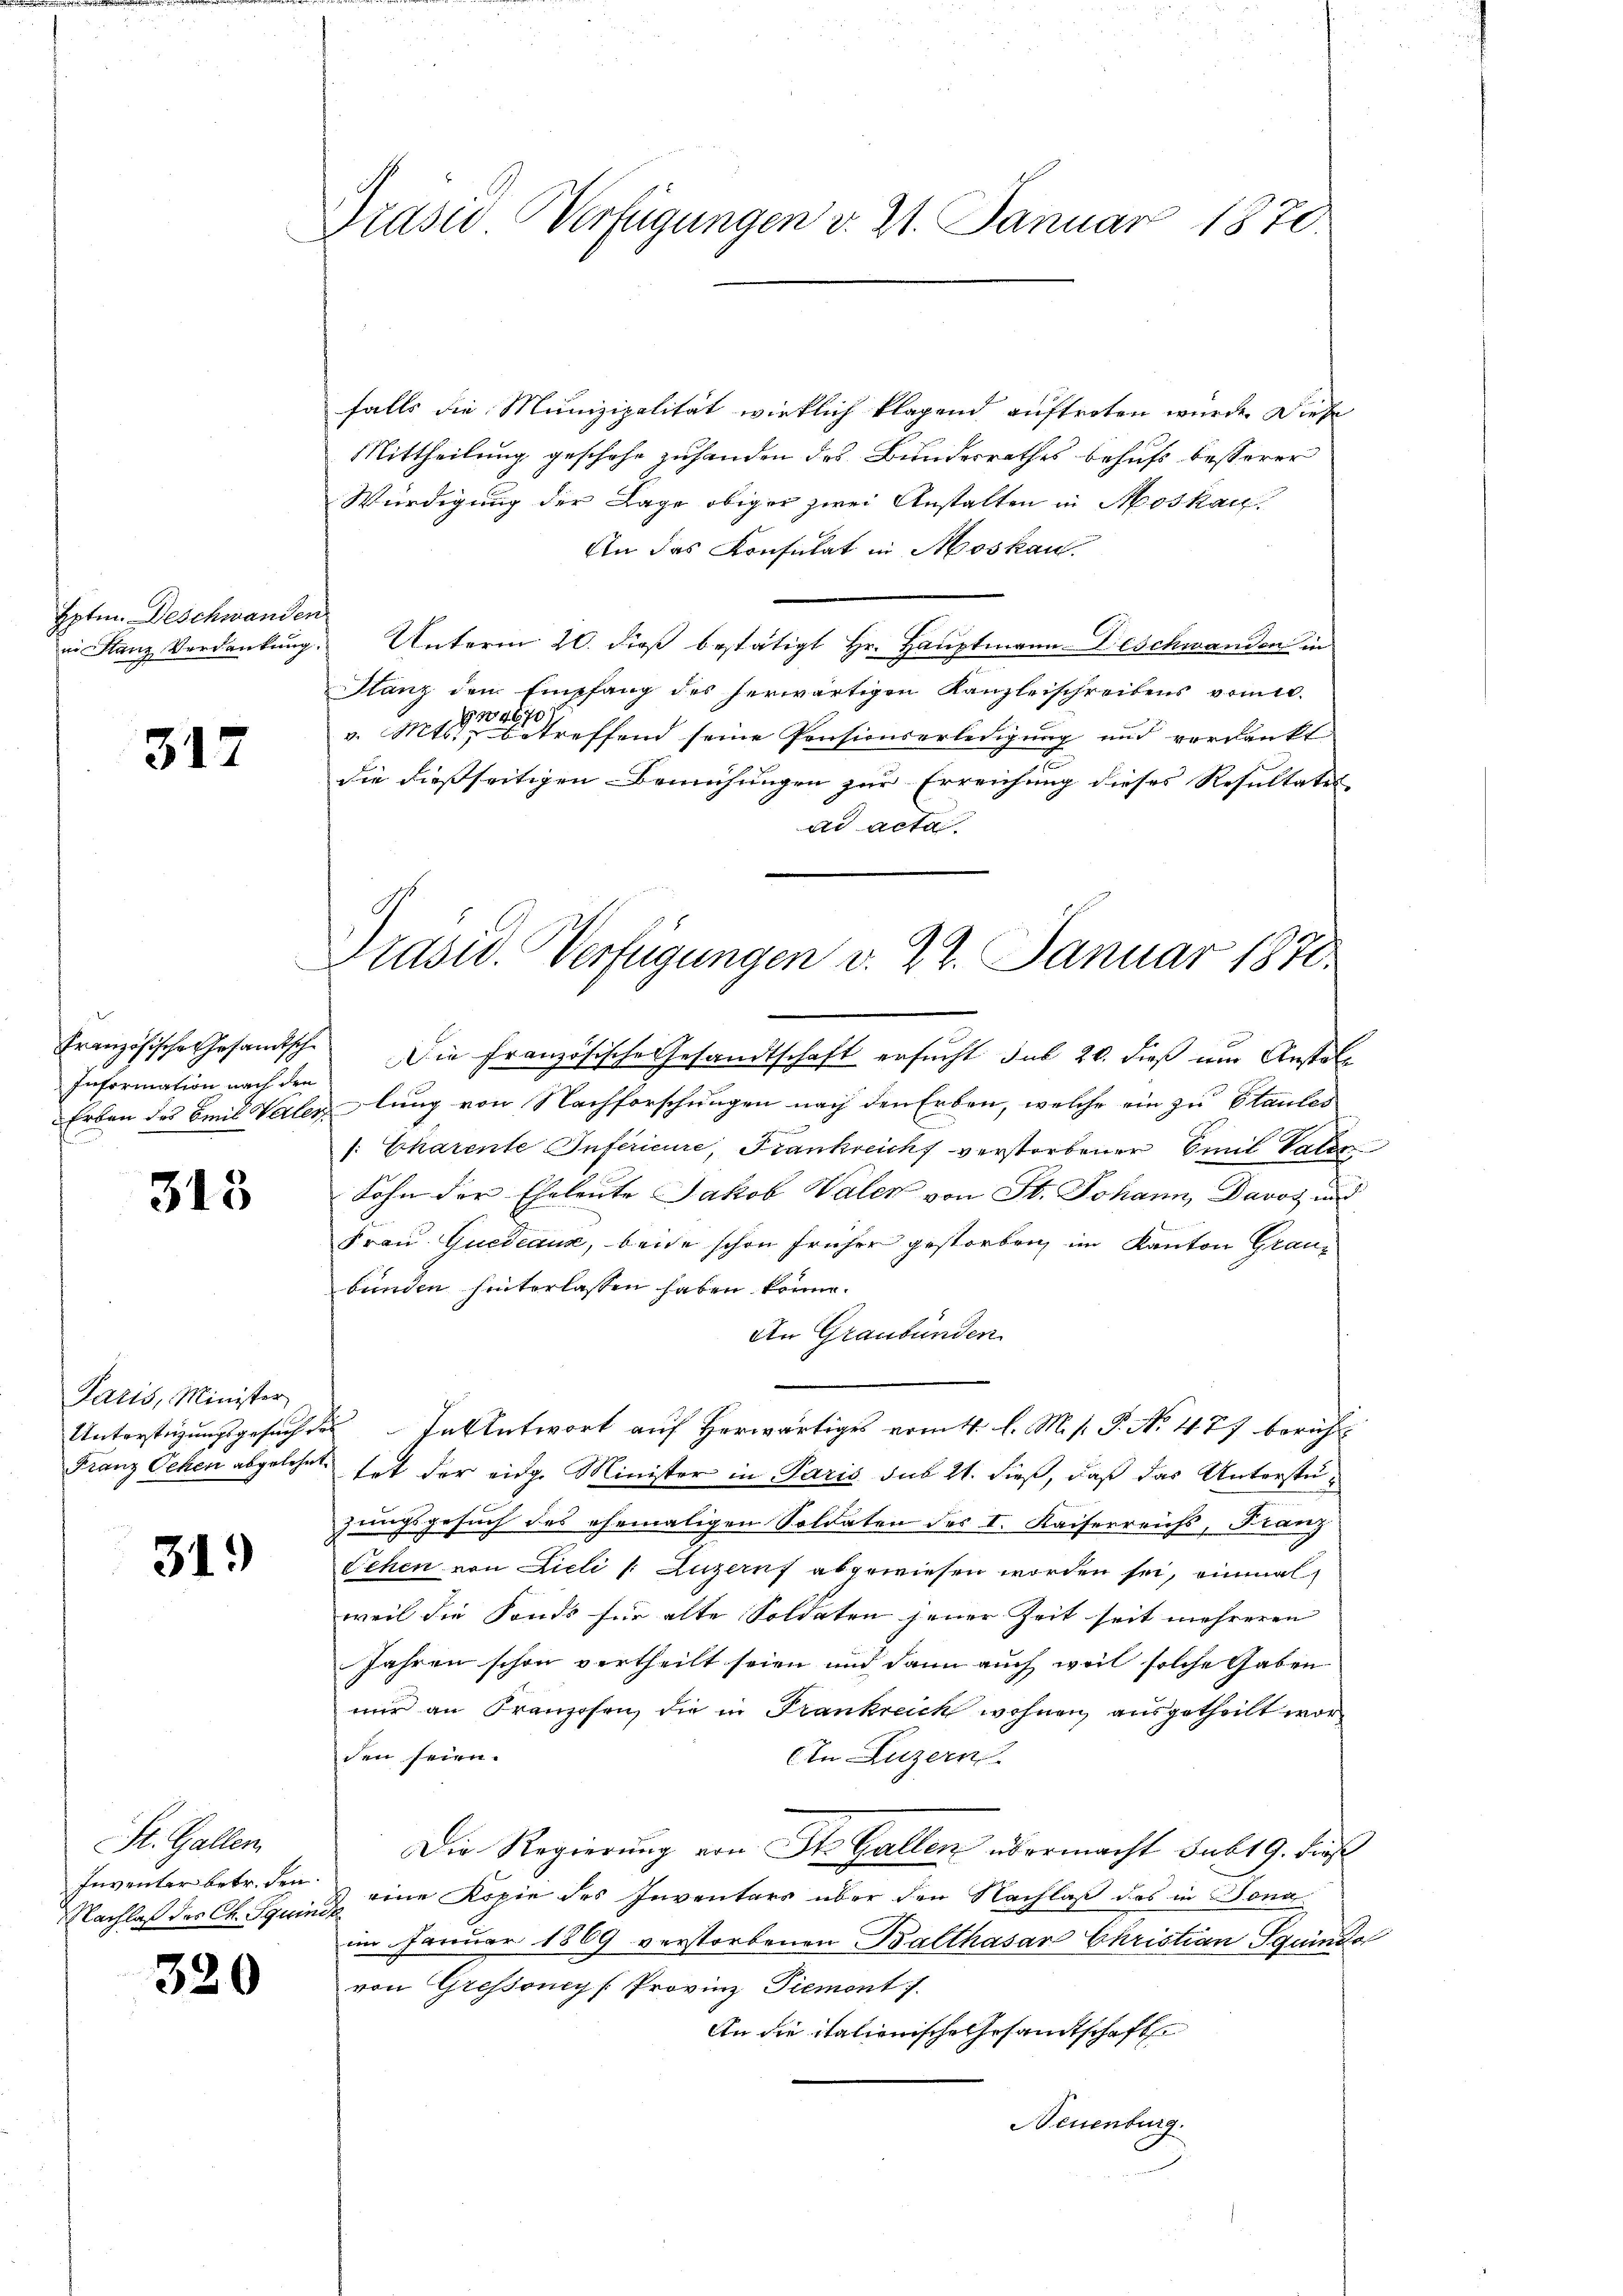
Eptin. Deschwanden

317

Information nach den
n

313

Paris, Minister,

31.)

St. Gallen
Inventer betr. den.
NNachlaß der Ch. Squinde

320

Präsid Verfügungen v. 21. Januar 1870.

falls die Munizipalität wirklich klagend auftreten wurde. Diese
Mittheilung geschohe zuhanden des Bundesrathes behufs besserer
Würdigung der Lage obiger zwei Anstalten in Moskau
An das Konsulat in Moskau
in Stanz Verdankŭng. Unterm 20. dieβ bestätigt Hr. Hauptmann-Feschwanden in
Hanz den Empfang des herwärtigen Kanzleischreibens vom 10.
N4870
v. Mts., betreffend seine Pensionserledigung und verdankt
die dießseitigen Bemühungen zur Erreichung dieses Resultates |
ad acta
Französische Gesandtsche Die Französische Gesandtschaft ersucht sub 20. dieß um Anstal¬
Erben des Emil Vaterlung von Nachforschungen nach den Erben, welche ein zu Stautes
f: Eharente Inferieure, Frankreich verstorbener Emil Vater
Sohn der Eheleute Jakob Valen von St. Johann, Davos und
Frau Quedeaus, beide schon früher gestorben im Kanton Graubunden hinterlassen haben könne.
An Graubünden
Unterstüzungsgesuch des In Antwort auf Herwärtiges vom 4. l. M. s. P. N. 477 beruht
Franz Sehen abgelehnt hat der eidg. Minister in Paris sub 21. dieß, daß das Unterstüzungsgesuch des ehemaligen Soldaten des I. Kaiserreichs, Franz
Sehen von Lieli /: Luzernf abgewiesen worden sei, einmal
weil die Fonds für alte Soldaten jener Zeit seit mehreren
Jahren schon vertheilt seien und dann auch weil solche Gaben
nur an Franzosen, die in Trankreich wohnen ausgetheilt worden seien.
In Luzern
Die Regierung von St. Gallen übermacht sub 19. Fris
eine Kopie des Inventars über den Nachlaß das in dona
im Januar 1869 verstorbenen Balthasar Christian Sguindo
von Gressoney [Provinz Piemont).
An die itationische Gesandtschaft
Neuenburg.

Präsid. Verfügungen v. 27. Januar 1870.